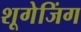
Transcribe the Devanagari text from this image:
शूगेजिंग